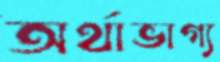
অর্থাভাগ্য